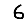
Digit: 6